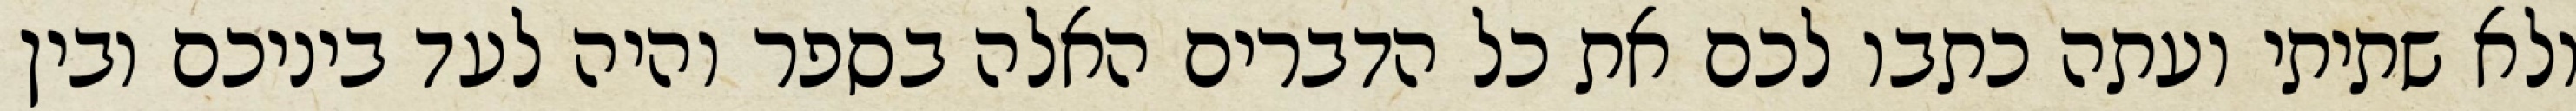
ולא שתיתי ועתה כתבו לכם את כל הדברים האלה בספר והיה לעד ביניכם ובין